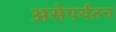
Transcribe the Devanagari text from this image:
असेपर्यंतच